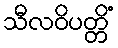
သီလဝိပတ္တိံ